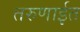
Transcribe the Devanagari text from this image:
तरुणाईत